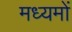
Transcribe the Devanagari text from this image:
मध्यमों